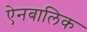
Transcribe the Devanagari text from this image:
ऐनबालिक